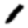
Digit: 1